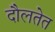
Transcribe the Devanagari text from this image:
दौलतेत